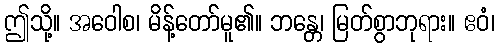
ဤသို့။ အဝေါစ၊ မိန့်တော်မူ၏။ ဘန္တေ၊ မြတ်စွာဘုရား။ ဧဝံ၊